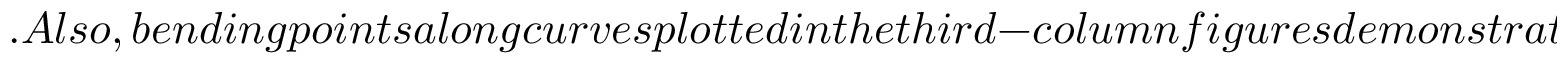
. A l s o , b e n d i n g p o i n t s a l o n g c u r v e s p l o t t e d i n t h e t h i r d - c o l u m n f i g u r e s d e m o n s t r a t e t h a t t r a n s i e n t s t a t e s o c c u r w i t h i n 2 . 2 5 8 < \mu _ { 0 } < 2 . 4 7 5 . M o r e i n t e r e s t i n g l y , t h e t h i r d c o l u m n m a n i f e s t s t h a t E _ { 3 } ^ { \prime } r e p r e s e n t s N e i m a r k - S a c k e r b i f u r c a t i o n a t \mu _ { 0 } = 3 . 2 5 6 3 6 b e c a u s e o f t h e f o l l o w i n g f a c t s : f i r s t , \omega _ { 0 } a n d \omega _ { 1 } a r e c o m p l e x c o n j u g a t e s w i t h m o d u l u s 1 , a n d s e c o n d , a s \mu _ { 0 } v a r i e s a c r o s s 3 . 2 5 6 3 6 f r o m s m a l l e r t o l a r g e r v a l u e , t o p o l o g i c a l t y p e o f E _ { 3 } ^ { \prime } c h a n g e s f r o m a s i n k ( s t a b l e ) t o a s o u r c e ( u n s t a b l e )